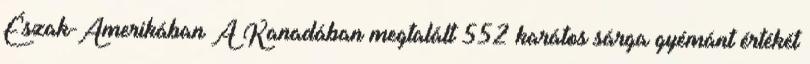
Észak-Amerikában A Kanadában megtalált 552 karátos sárga gyémánt értékét